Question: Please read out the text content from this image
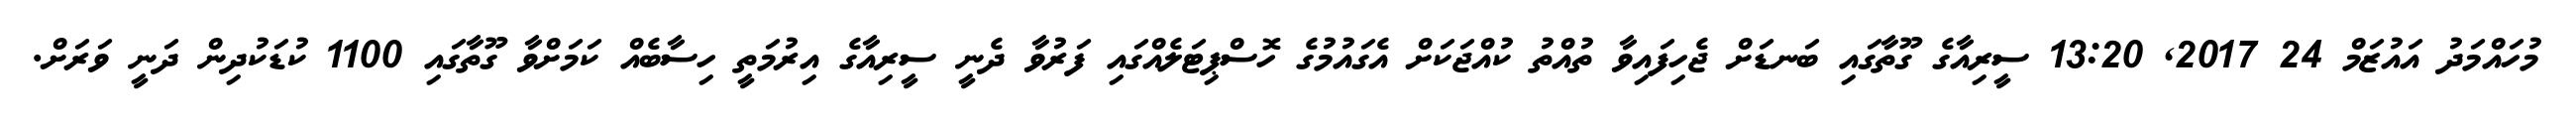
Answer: މުހައްމަދު އައުޒަމް 24 2017, 13:20 ސީރިއާގެ ގޫތާގައި ބަނޑަށް ޖެހިފައިވާ ތުއްތު ކުއްޖަކަށް އެގައުމުގެ ހޮސްޕިޓަލެއްގައި ފަރުވާ ދެނީ ސީރިއާގެ އިރުމަތީ ހިސާބެއް ކަމަށްވާ ގޫތާގައި 1100 ކުޑަކުދިން ދަނީ ވަރަށް.